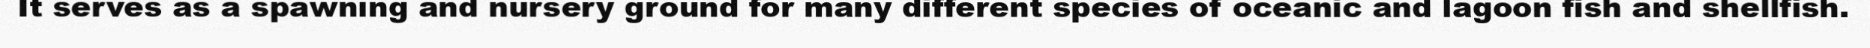
It serves as a spawning and nursery ground for many different species of oceanic and lagoon fish and shellfish.